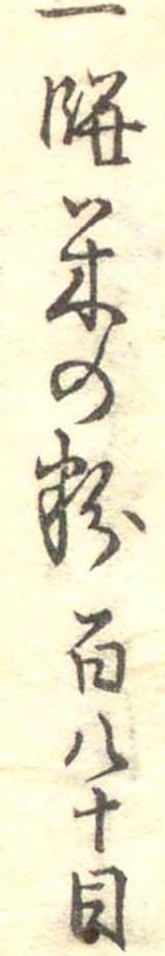
一餅米の粉百八十目